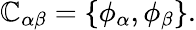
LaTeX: \mathbb{C}_{\alpha\beta}=\{ \phi_{\alpha},\phi_{\beta}\} .